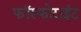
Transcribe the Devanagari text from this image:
फॉस्फोराईट